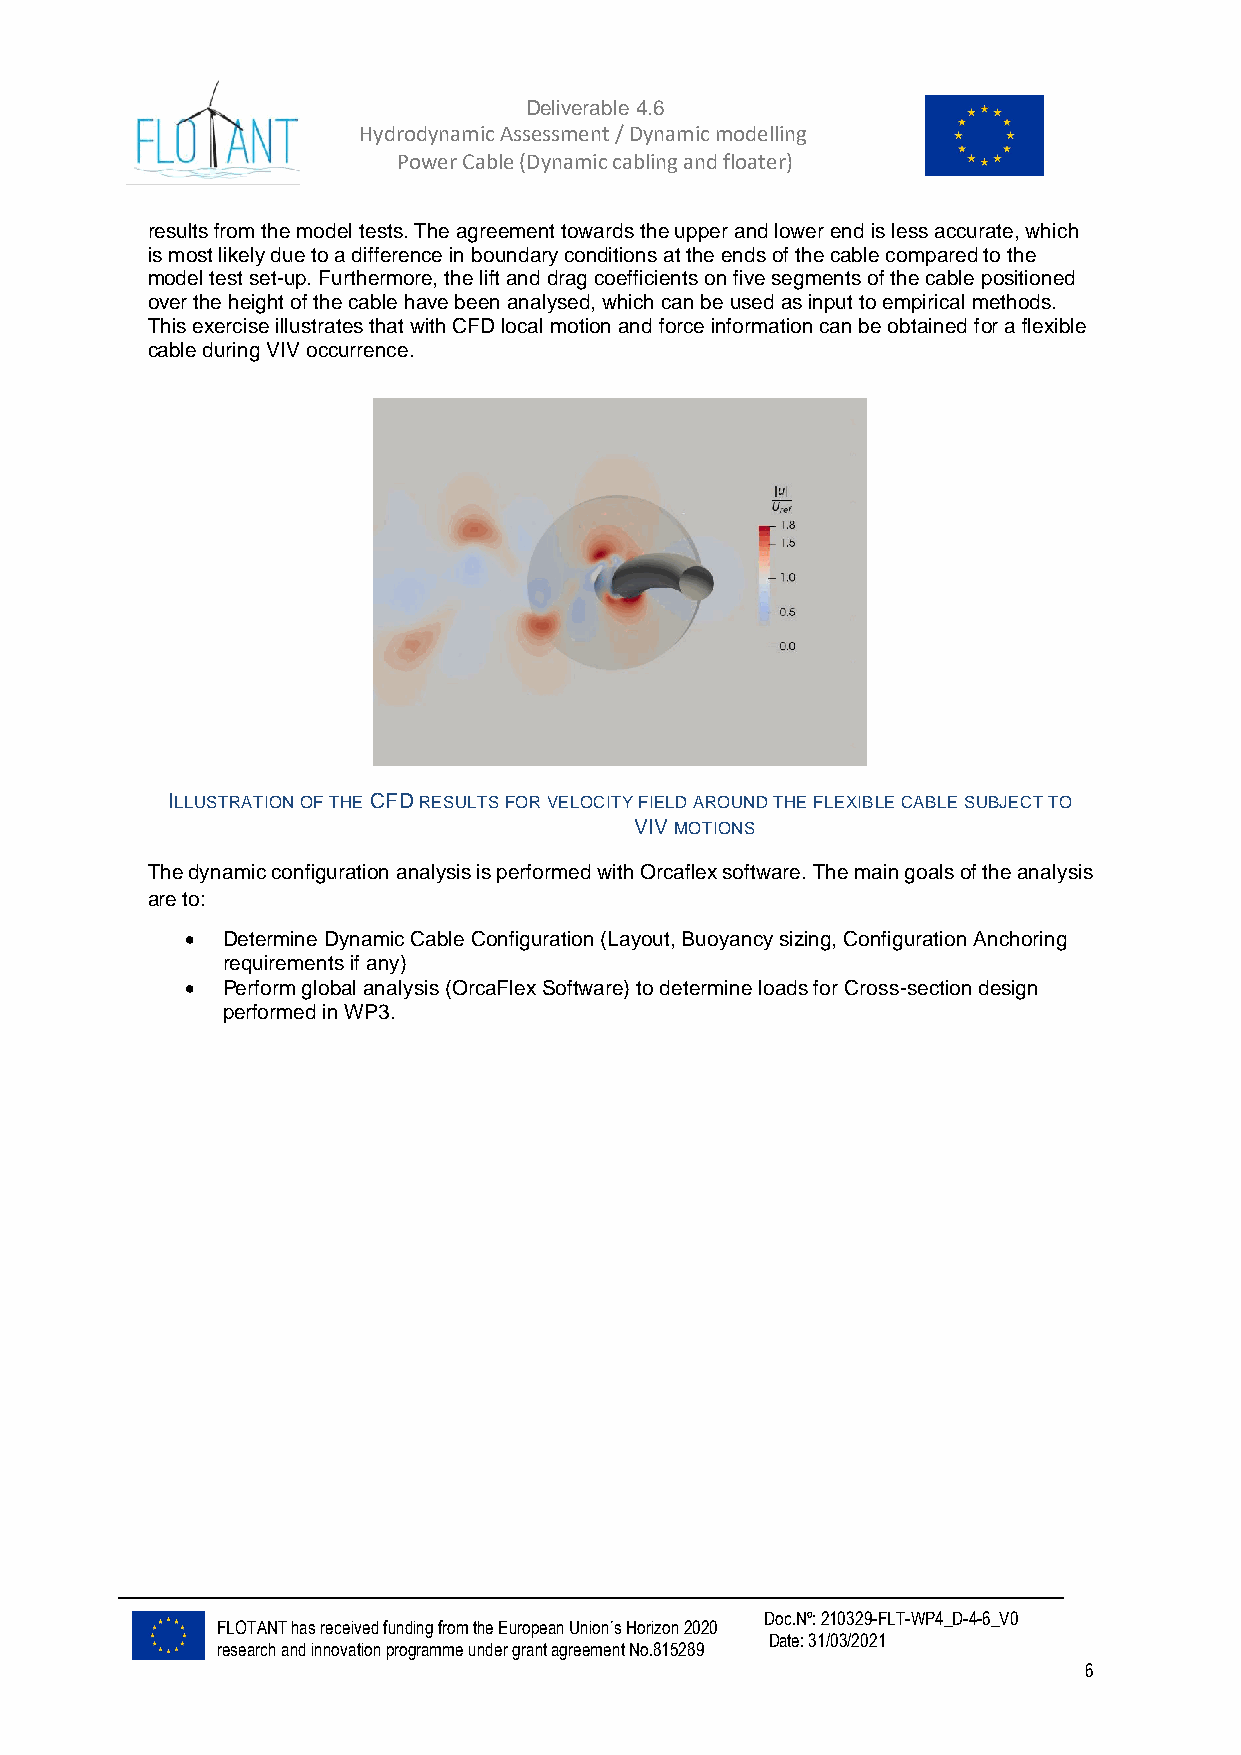
Deliverable 4.6
 Hydrodynamic Assessment / Dynamic modelling of
 Power Cable (Dynamic cabling and floater)
 results from the model tests. The agreement towards the upper and lower end is less accurate, which
 is most likely due to a difference in boundary conditions at the ends of the cable compared to the
 model test set-up. Furthermore, the lift and drag coefficients on five segments of the cable positioned
 over the height of the cable have been analysed, which can be used as input to empirical methods.
 This exercise illustrates that with CFD local motion and force information can be obtained for a flexible
 cable during VIV occurrence.
 ILLUSTRATION OF THE CFD RESULTS FOR VELOCITY FIELD AROUND THE FLEXIBLE CABLE SUBJECT TO
 VIV MOTIONS
 The dynamic configuration analysis is performed with Orcaflex software. The main goals of the analysis
 are to:
 •  Determine Dynamic Cable Configuration (Layout, Buoyancy sizing, Configuration Anchoring
 requirements if any)
 •  Perform global analysis (OrcaFlex Software) to determine loads for Cross-section design
 performed in WP3.
 Doc.Nº: 210329-FLT-WP4_D-4-6_V0
 FLOTANT has received funding from the European Union´s Horizon 2020
 Date: 31/03/2021
 research and innovation programme under grant agreement No.815289
 6